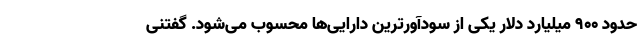
حدود ۹۰۰ میلیارد دلار یکی از سودآورترین دارایی‌ها محسوب می‌شود. گفتنی